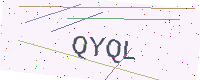
Text: QYQL